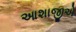
આશાજીએ